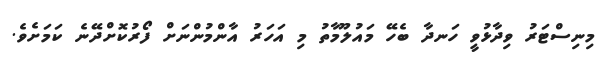
މިނިސްޓަރު ވިދާޅުވީ ހަނދާ ބެހޭ މައުލޫމާތު މި އަހަރު އާންމުންނަށް ފޯރުކޮށްދޭނެ ކަމަށެވެ.